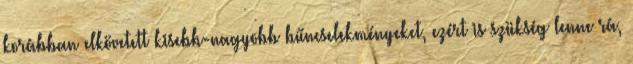
korábban elkövetett kisebb-nagyobb bűncselekményeket, ezért is szükség lenne rá,